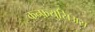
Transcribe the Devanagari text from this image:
कन्फ़्युसिअस